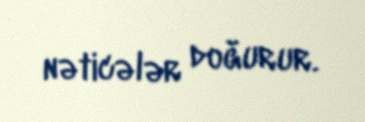
nəticələr doğurur.